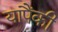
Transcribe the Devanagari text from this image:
यापैंकी